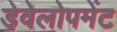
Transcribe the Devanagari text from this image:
डेवेलोपमेंट